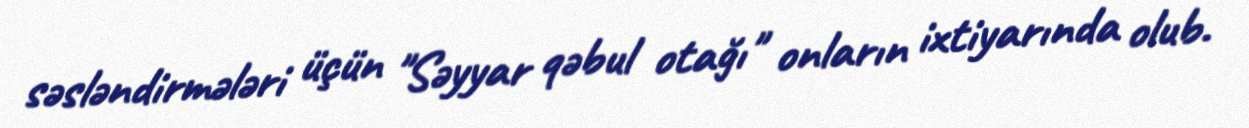
səsləndirmələri üçün "Səyyar qəbul otağı" onların ixtiyarında olub.